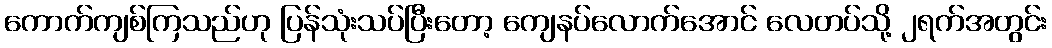
ကောက်ကျစ်ကြသည်ဟု ပြန်သုံးသပ်ပြီးတော့ ကျေနပ်လောက်အောင် လေတပ်သို့ ၂ရက်အတွင်း